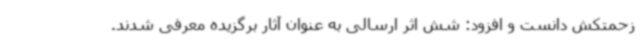
زحمتکش دانست و افزود: شش اثر ارسالی به عنوان آثار برگزیده معرفی شدند.